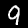
Digit: 9